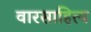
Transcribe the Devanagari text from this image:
वारसाहित्य